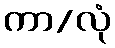
ကာ/လုံ